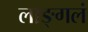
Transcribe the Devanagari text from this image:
लाङ्गलं